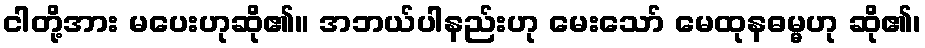
ငါတို့အား မပေးဟုဆို၏။ အဘယ်ပါနည်းဟု မေးသော် မေထုနဓမ္မဟု ဆို၏၊